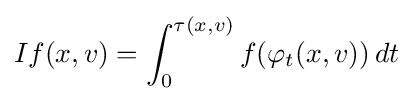
If(x,v)=\int _{0}^{\tau (x,v)}f(\varphi _{t}(x,v))\,dt